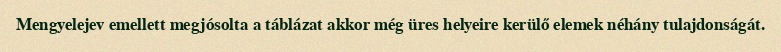
Mengyelejev emellett megjósolta a táblázat akkor még üres helyeire kerülő elemek néhány tulajdonságát.